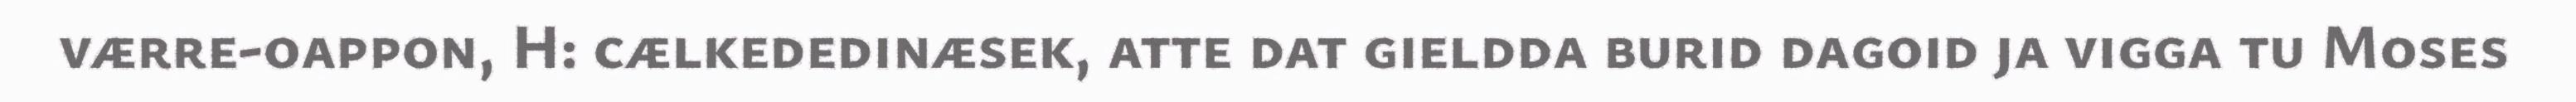
værre-oappon, H: cælkededinæsek, atte dat gieldda burid dagoid ja vigga tu Moses